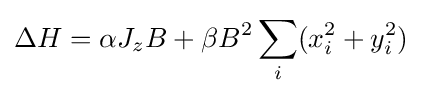
\Delta H=\alpha J_{z}B+\beta B^{2}\sum _{i}(x_{i}^{2}+y_{i}^{2})